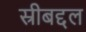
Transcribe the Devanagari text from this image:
स्रीबद्दल